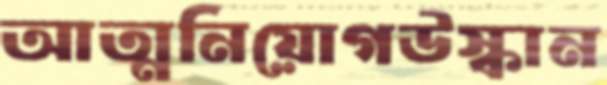
আত্মনিয়োগউস্কান